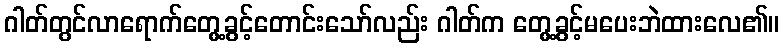
ဂါတ်တွင်လာရောက်တွေ့ခွင့်တောင်းသော်လည်း ဂါတ်က တွေ့ခွင့်မပေးဘဲထားလေ၏။